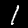
Digit: 1